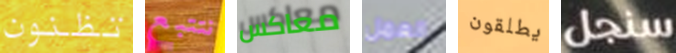
تظنون نتتبع معاكس العمل يطلقون سنجل